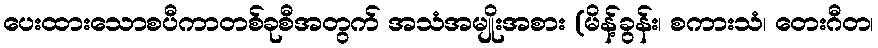
ပေးထားသောစပီကာတစ်ခုစီအတွက် အသံအမျိုးအစား (မိန့်ခွန်း၊ စကားသံ၊ တေးဂီတ၊